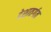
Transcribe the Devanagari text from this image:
देशातर्गत